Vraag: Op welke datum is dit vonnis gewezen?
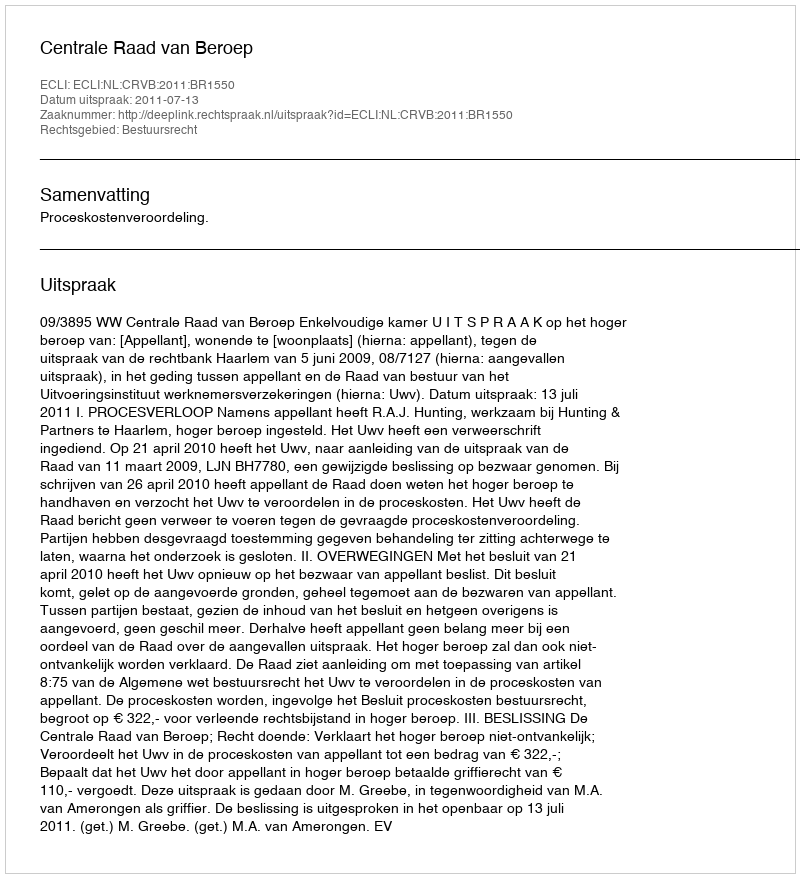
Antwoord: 2011-07-13